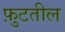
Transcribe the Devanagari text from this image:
फ़ुटतील